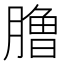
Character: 𰯐